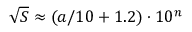
{ \sqrt { S } } \approx ( a / 1 0 + 1 . 2 ) \cdot 1 0 ^ { n }